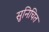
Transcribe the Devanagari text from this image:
सुनिचित